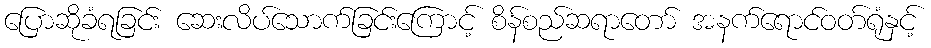
ပြောဆိုခံရခြင်း ဆေးလိပ်သောက်ခြင်းကြောင့် စိန်စည်ဆရာတော် အနက်ရောင်ဝတ်ရုံနှင့်